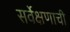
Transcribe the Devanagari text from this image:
सर्वेक्षणाची